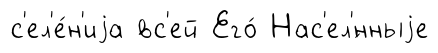
с'ел'е́н'иjа вс'ей Его́ Нас'ел'́нныjе